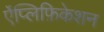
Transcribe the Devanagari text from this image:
ऐंप्लिफ़िकेशन